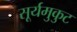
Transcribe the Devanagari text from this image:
सूर्यमुकुट